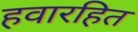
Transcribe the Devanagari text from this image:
हवारहित